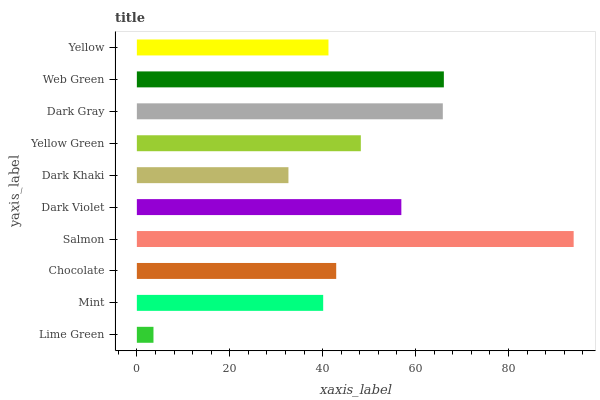
| yaxis_label | bars |
 | --- | --- |
 | Lime Green | 3.58 |
 | Mint | 40.1 |
 | Chocolate | 42.9 |
 | Salmon | 94 |
 | Dark Violet | 56.9 |
 | Dark Khaki | 32.6 |
 | Yellow Green | 48.2 |
 | Dark Gray | 65.9 |
 | Web Green | 66.1 |
 | Yellow | 41.3 |